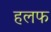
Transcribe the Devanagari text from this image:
हलफ